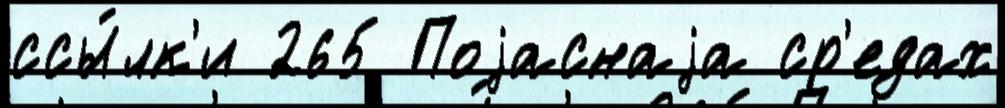
ссы́лк'и 265 Поjаснаjа ср'едах